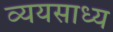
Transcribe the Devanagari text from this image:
व्‍ययसाध्‍य